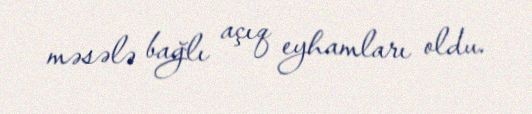
məsələ bağlı açıq eyhamları oldu.